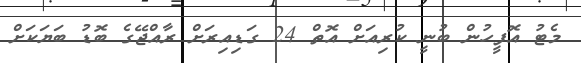
މެޓު އޮފީހުން ބުނީ ކުރިއަށް އޮތް 24 ގަޑިއިރަށް ރާއްޖޭގެ ބޮޑު ބަޔަކަށް